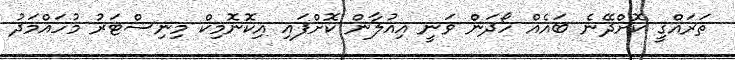
ތަރައްގީ ކޮށްދޭނެ ބައެއް ހޯދަން ވަނީ އިއުލާން ކޮށްފައި އިކޮނޮމިކް މިނިސްޓަރު މުހައްމަދު